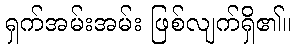
ရှက်အမ်းအမ်း ဖြစ်လျက်ရှိ၏။